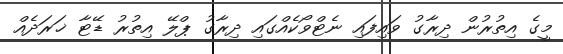
މީގެ އިތުރުން ދިރާގު ވައިފައި ނެޓްވޯކެއްގައި ދިރާގު ޕްލޭ އިތުރު ޑޭޓާ ޚަރަދެއް